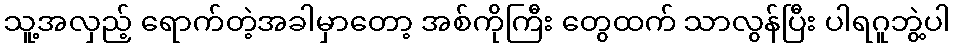
သူ့အလှည့် ရောက်တဲ့အခါမှာတော့ အစ်ကိုကြီး တွေထက် သာလွန်ပြီး ပါရဂူဘွဲ့ပါ